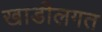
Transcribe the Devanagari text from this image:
खाडीलगत